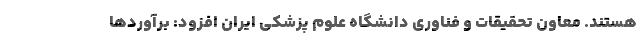
هستند. معاون تحقیقات و فناوری دانشگاه علوم پزشکی ایران افزود: برآوردها